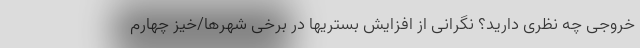
خروجی چه نظری دارید؟ نگرانی از افزایش بستریها در برخی شهرها/خیز چهارم